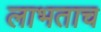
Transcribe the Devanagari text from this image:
लाभताच